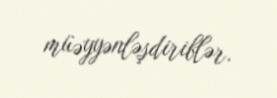
müəyyənləşdiriblər.